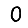
Digit: 0